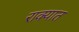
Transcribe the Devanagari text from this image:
राक्यात